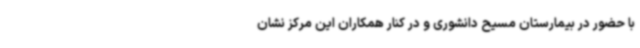
با حضور در بیمارستان مسیح دانشوری و در کنار همکاران این مرکز نشان